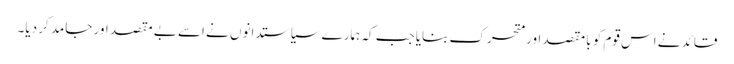
قائد نے اس قوم کو بامقصد اور متحرک بنایا جب کہ ہمارے سیاستدانوں نے اسے بے مقصد اور جامد کر دیا۔